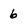
Character: 6